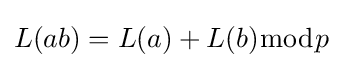
L(ab)=L(a)+L(b){\bmod {p}}